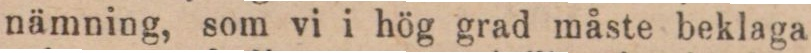
nämning, som vi i hög grad måste beklaga